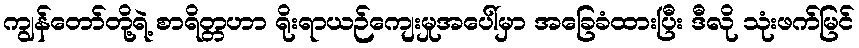
ကျွန်တော်တို့ရဲ့ စာရိတ္တဟာ ရိုးရာယဉ်ကျေးမှုအပေါ်မှာ အခြေခံထားပြီး ဒီလို သုံးဖက်မြင်